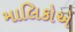
માલિકોએ